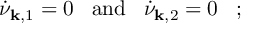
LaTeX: \dot { \nu } _ { { \bf k } , 1 } = 0 \; \; \; \mathrm { a n d } \; \; \; \dot { \nu } _ { { \bf k } , 2 } = 0 \; \; \; ;